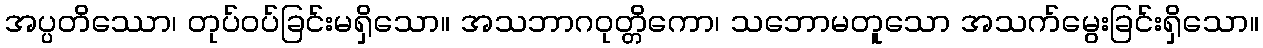
အပ္ပတိဿော၊ တုပ်ဝပ်ခြင်းမရှိသော။ အသဘာဂဝုတ္တိကော၊ သဘောမတူသော အသက်မွေးခြင်းရှိသော။